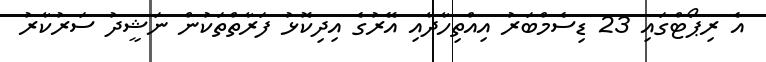
އެ ރިޕޯޓްގައި 23 ޑިސެމްބަރު އިއްތިހާދާއި އޭރުގެ އިދިކޮޅު ފަރާތްތަކުން ނަޝީދު ސަރުކާރު